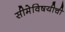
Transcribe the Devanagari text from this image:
सीमेविषयीची